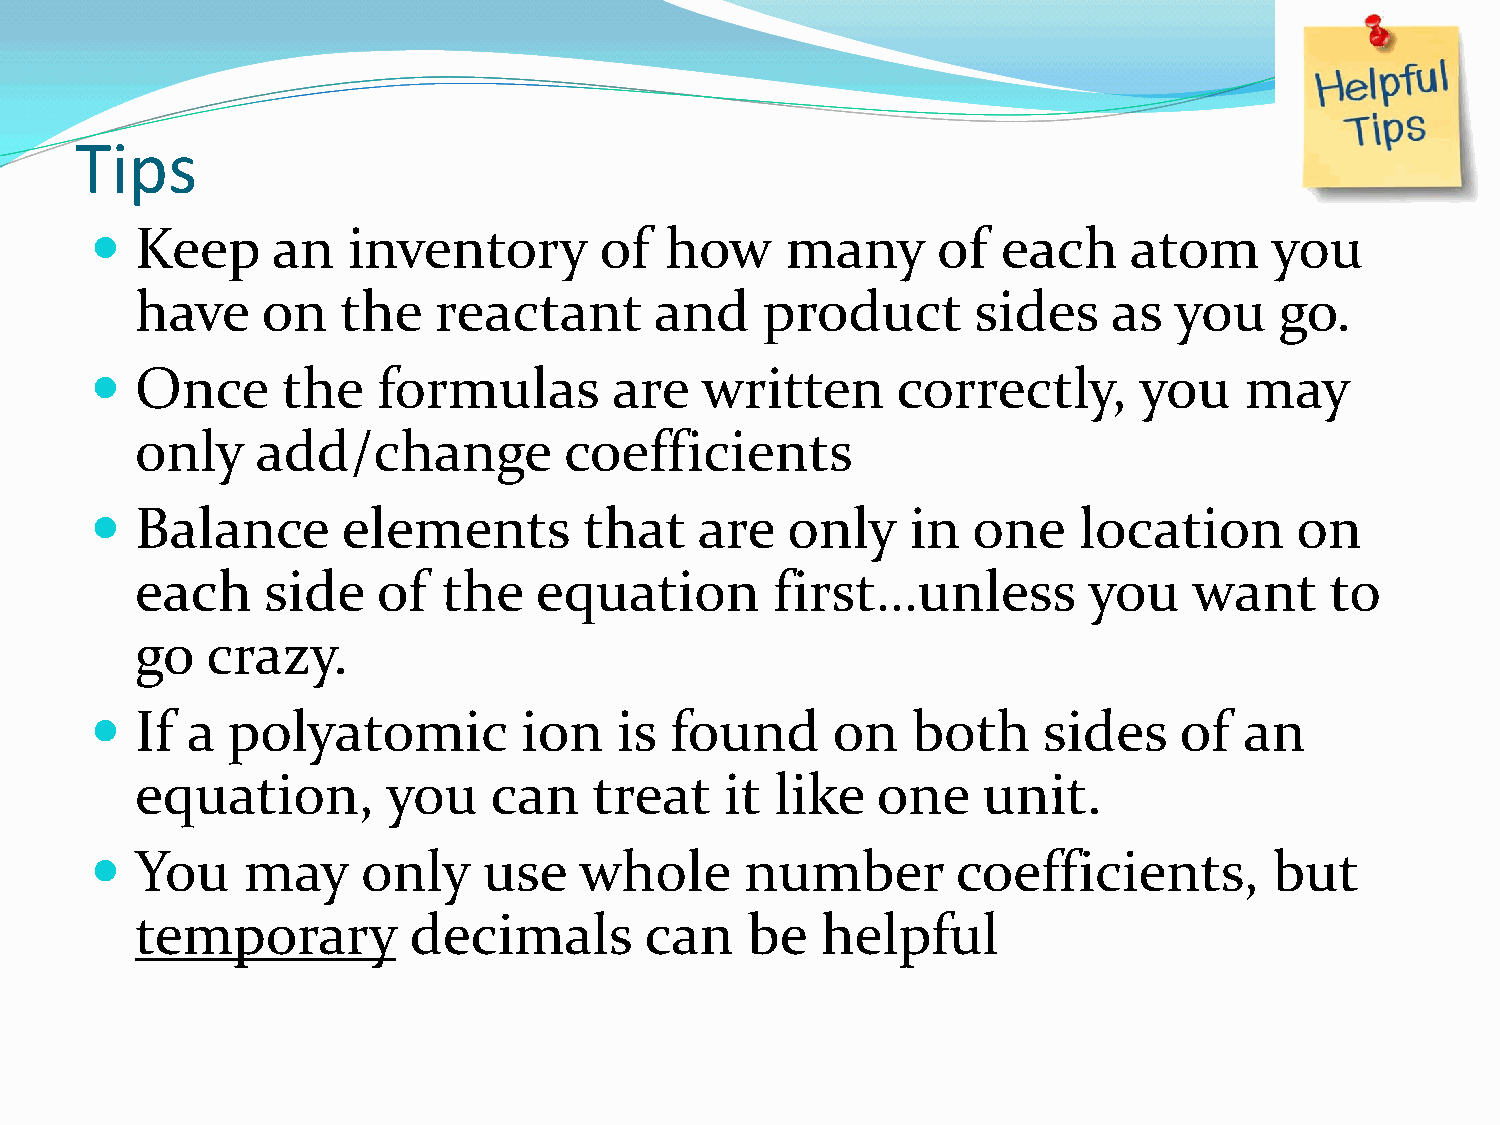
Tips
   Keep     an   inventory        of  how     many      of  each     atom     you
 have    on    the   reactant      and     product       sides    as  you    go.
   Once      the   formulas        are  written      correctly,      you    may
 only    add/change          coefficients
   Balance       elements        that   are   only    in  one    location       on
 each    side    of  the   equation        first…unless         you    want     to
 go   crazy.
   If a  polyatomic          ion   is found      on   both     sides    of  an
 equation,        you   can    treat    it like   one    unit.
   You    may     only    use   whole      number        coefficients,        but
 temporary         decimals        can   be   helpful